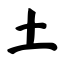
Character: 土